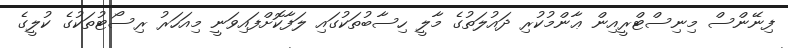
ފިނޭންސް މިނިސްޓްރީއިން ޢާންމުކުރި ދައުލަތުގެ މާލީ ހިސާބުތަކުގައި ލަފާކޮށްފައިވަނީ މިއަހަރު ރިސޯޓުތަކުގެ ކުލީގެ